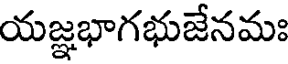
యజ్ఞభాగభుజేనమః